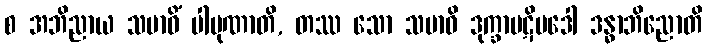
စ အဘိညာယ သမာဓိံ ပါပုဏာတိ, တဿ သော သမာဓိ ဒုက္ခာပဋိပဒေါ ဒန္ဓာဘိညောတိ